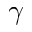
\gamma